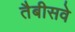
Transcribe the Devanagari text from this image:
तैबीसवे